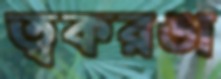
ত্বকরঙা